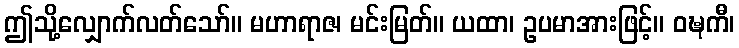
ဤသို့လျှောက်လတ်သော်။ မဟာရာဇ၊ မင်းမြတ်။ ယထာ၊ ဥပမာအားဖြင့်။ ဝဍ္ဎကီ၊